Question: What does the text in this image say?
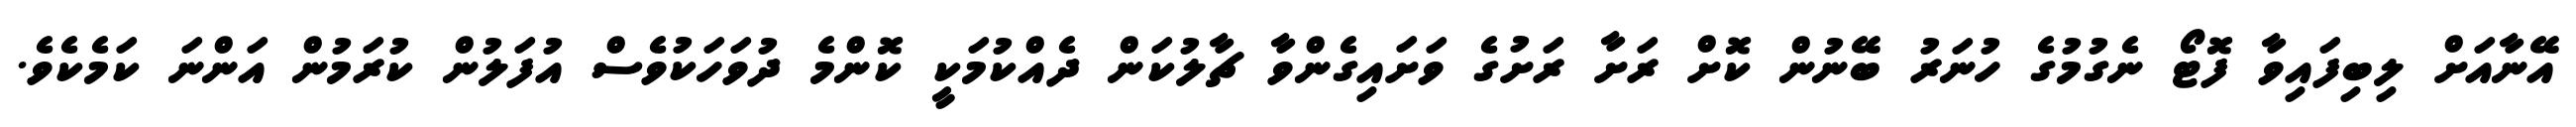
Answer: އޭނާއަށް ލިބިފައިވާ ފޮޓޯ ނެގުމުގެ ހުނަރު ބޭނުން ކޮށް ރަށާ ރަށުގެ ވަށައިގެންވާ ޗާލުކަން ދެއްކުމަކީ ކޮންމެ ދުވަހަކުވެސް އުފަލުން ކުރަމުން އަންނަ ކަމެކެވެ.